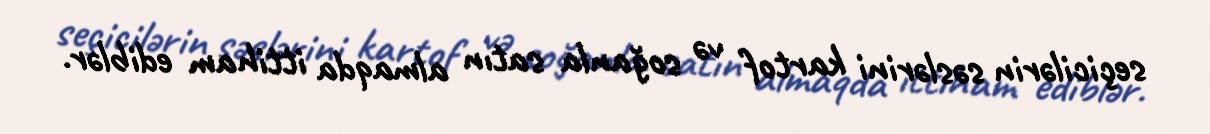
seçicilərin səslərini kartof və soğanla satın almaqda ittiham ediblər.